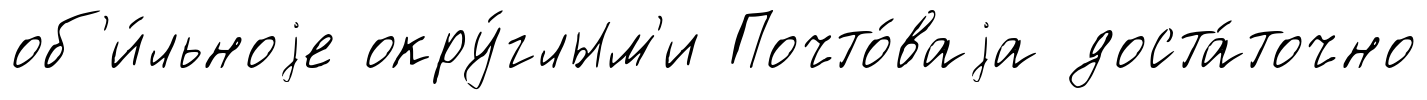
об'и́льноjе окру́глым'и Почто́ваjа доста́точно